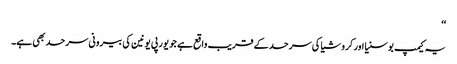
‘‘
یہ کیمپ بوسنیا اور کروشیا کی سرحد کے قریب واقع ہے جو یورپی یونین کی بیرونی سرحد بھی ہے۔